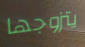
يتزوجها